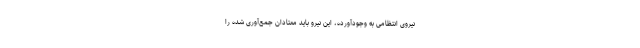
نیروی انتظامی به وجودآورده، این نیرو باید معتادان جمع‌آوری شده را